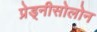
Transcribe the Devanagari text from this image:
प्रेड्नीसोलोन